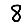
Digit: 8